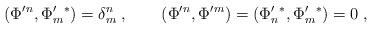
LaTeX: \begin{align*}(\Phi'{}^n,\Phi'_m{}^*)=\delta^n_m\;,\qquad(\Phi'{}^n,\Phi'{}^m)=(\Phi'_n{}^*,\Phi'_m{}^*)=0\;,\end{align*}